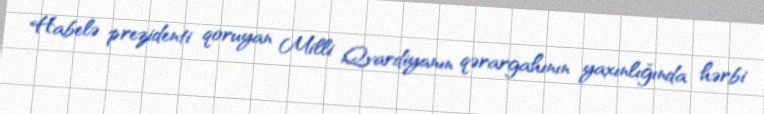
Habelə prezidenti qoruyan Milli Qvardiyanın qərargahının yaxınlığında hərbi